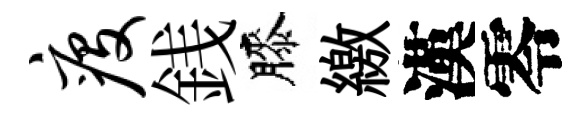
疫銭膝繳漢零